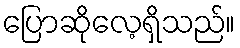
ပြောဆိုလေ့ရှိသည်။